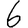
Digit: 6